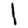
Digit: 1